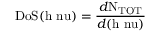
\mathrm { D o S ( { h \ n u } ) } = \frac { d \mathrm { N _ { T O T } } } { d \mathrm { ( { h \ n u } } ) }